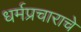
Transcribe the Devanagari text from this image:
धर्मप्रचाराचे